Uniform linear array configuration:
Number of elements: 4
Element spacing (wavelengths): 0.75
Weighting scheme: blackman
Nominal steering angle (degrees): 0
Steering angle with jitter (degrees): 0.6931
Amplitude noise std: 0.05
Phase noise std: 0.05

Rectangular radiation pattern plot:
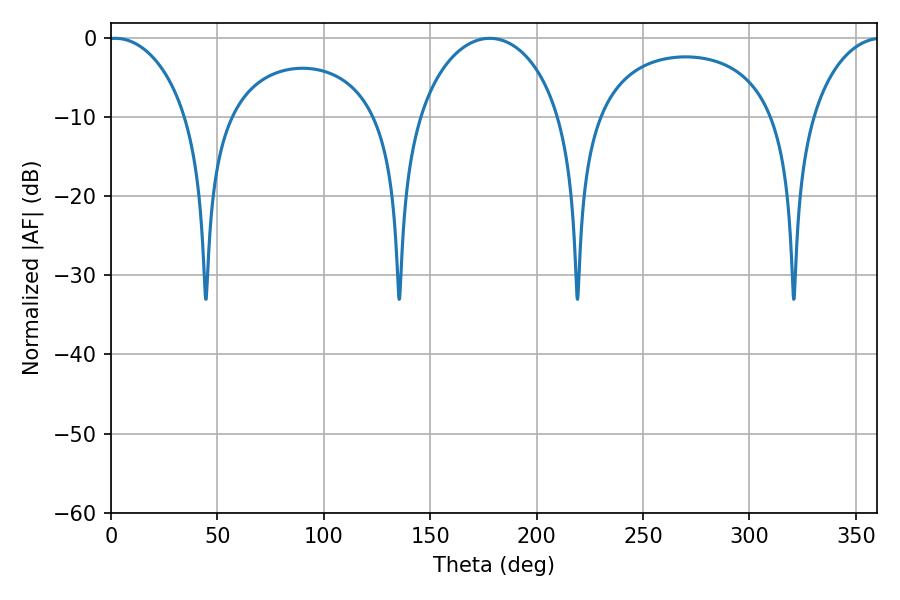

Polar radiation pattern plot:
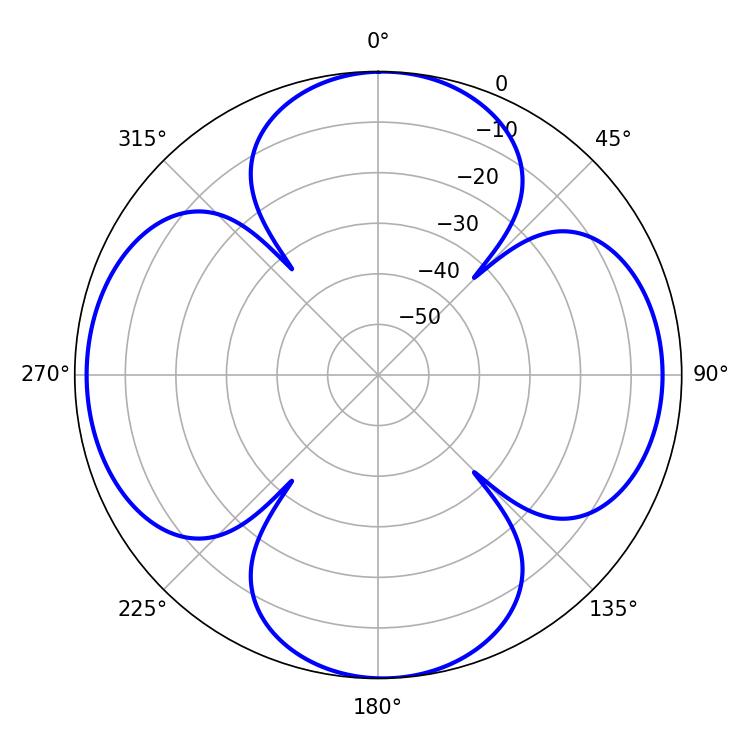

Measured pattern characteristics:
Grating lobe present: TRUE
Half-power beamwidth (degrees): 21.6
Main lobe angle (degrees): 1.98